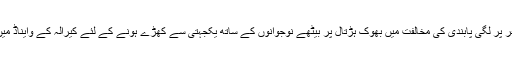
راہل گاندھی نے ٹوئٹ کر کہا، ’’میں کیرالہ اور کرناٹک کو جوڑنے والے نیشنل ہائی وے 766 پر سفر پر لگی پابندی کی مخالفت میں بھوک ہڑتال پر بیٹھے نوجوانوں کے ساتھ یکجہتی سے کھڑے ہونے کے لئے کیرالہ کے وايناڈ میں ہوں، پہلے میں اسپتال میں ان سے جاکر ملا جو طویل بھوک ہڑتال کی وجہ سے بیمار ہو گئے ہیں‘‘۔